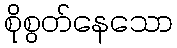
စိုစွတ်နေသော